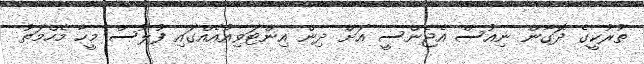
ތުރުކީގެ ދޮގާން ނިއުސް އެޖެންސީ އަށް ދިން އިންޓަވިއުއެއްގައި ފުލުސް މީހާ މެހްމަތު